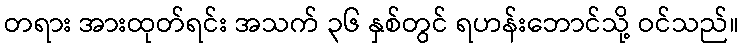
တရား အားထုတ်ရင်း အသက် ၃၆ နှစ်တွင် ရဟန်းဘောင်သို့ ဝင်သည်။